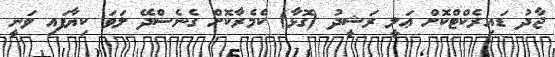
ޖާދު ޑައިރެެކްޓްކޮށް ޢަލީ ރަޝީދު (ގޮޅާ) ކެމެރާކޮށް ގެނެސްދޭ ލަވަ ކިޔާފައި ވަނީ